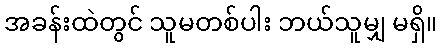
အခန်းထဲတွင် သူမတစ်ပါး ဘယ်သူမျှ မရှိ။